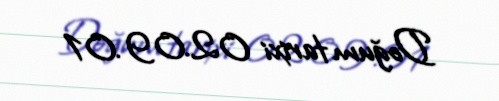
Doğum tarixi 02.09.01